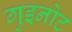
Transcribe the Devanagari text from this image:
गुइनोट